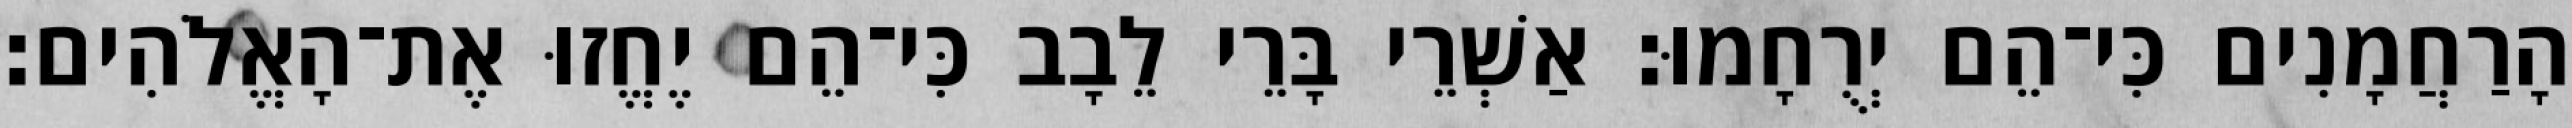
הָרַחֲמָנִים כִּי־הֵם יְרֻחָמוּ׃ אַשְׁרֵי בָּרֵי לֵבָב כִּי־הֵם יֶחֱזוּ אֶת־הָאֱלֹהִים׃